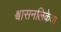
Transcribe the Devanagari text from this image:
श्वासनलिकेचा